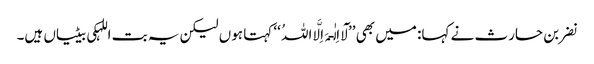
نضر بن حارث نے کہا: میں بھی ’’لَآ اِلٰـہَ اِلَّا اللہُ ‘‘ کہتا ہوں لیکن یہ بت اللہکی بیٹیاں ہیں۔